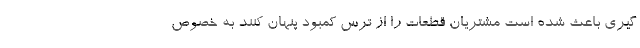
گیری باعث شده است مشتریان قطعات را از ترس کمبود پنهان کنند به خصوص